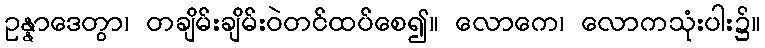
ဥန္နာဒေတွာ၊ တချိမ်းချိမ်းဝဲတင်ထပ်စေ၍။ လောကေ၊ လောကသုံးပါး၌။